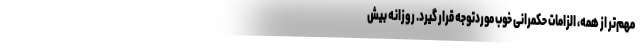
مهم‌تر از همه، الزامات حکمرانی خوب موردتوجه قرار گیرد. روزانه بیش